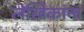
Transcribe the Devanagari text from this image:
लेखिकांना